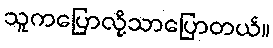
သူကပြောလို့သာပြောတယ်။